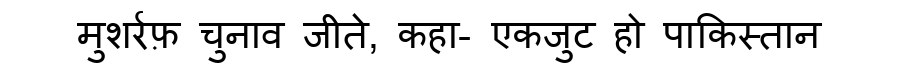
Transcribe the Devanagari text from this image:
मुशर्रफ़ चुनाव जीते, कहा- एकजुट हो पाकिस्तान